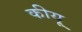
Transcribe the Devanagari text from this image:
कीयू